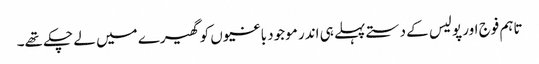
تاہم فوج اور پولیس کے دستے پہلے ہی اندر موجود باغیوں کو گھیرے میں لے چکے تھے۔